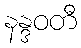
နန္ဒဝတီ